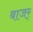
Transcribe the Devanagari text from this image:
बाजर्